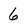
Character: 6